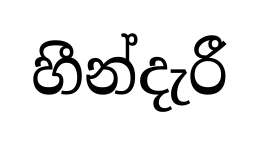
හීන්දැරී